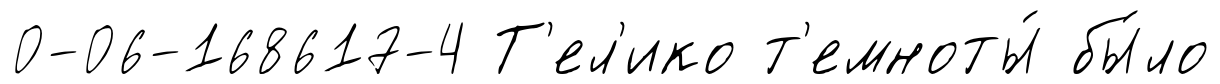
0-06-168617-4 Т'ел'ико т'емноты́ бы́ло